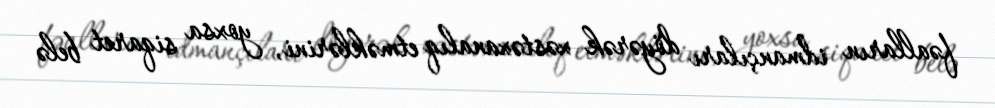
fəalların idmançıları döyərək xəstəxanalıq etməklərini, yoxsa siqaret belə